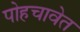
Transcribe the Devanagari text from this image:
पोहचावेत